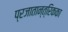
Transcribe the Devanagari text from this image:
प्रजातान्त्रिकका